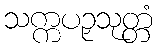
သက္ကပဉှသုတ္တံ